Medical and sanitary report of the native army of Bengal for the year
Year: 1877
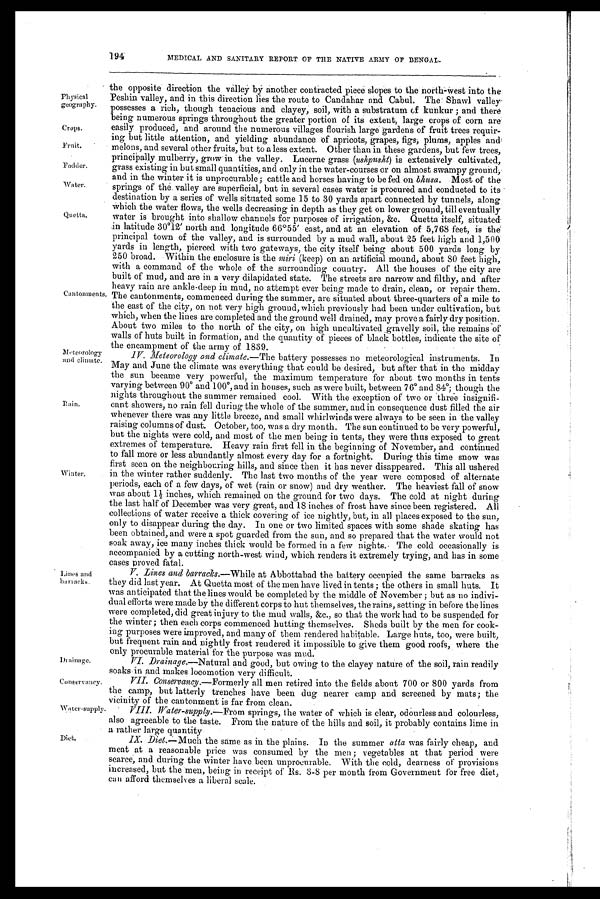
Water-supply
Diet.
194
MEDICAL AND SANITARY REPORT OF THE NATIVE ARMY OF BENGAL.
Physical
geography.
Crops.
Fruit.
Fodder.
Water.
Quetta.
Cantonments.
Meteorology
and climate.
Rain.
Winter.
Lines and
banacks.
Drainage.
Conservancy.
the opposite direction the valley by another contracted piece slopes to the north-west into the
Peshin valley, and in this direction lies the route to Candahar and Cabul. The Shawl valley
possesses a rich, though tenacious and clayey, soil, with a substratum of kunkur; and there
being numerous springs throughout the greater portion of its extent, large crops of corn are
easily produced, and around the numerous villages flourish large gardens of fruit trees requir
ing but little attention, and yielding abundance of apricots, grapes, figs, plums, apples and
melons, and several other fruits, but to a less extent. Other than in these gardens, but few trees,
principally mulberry, grow in the valley. Lucerne grass (ushpusht) is extensively cultivated,
grass existing in but small quantities, and only in the water-courses or on almost swampy ground,
and in the winter it is unprocurable; cattle and horses having to be fed on bhnsa. Most of the
springs of the. valley are superficial, but in several cases water is procured and conducted to its
destination by a series of wells situated some 15 to 30 yards apart connected by tunnels, along
Which the water flows, the wells decreasing in depth as they get on lower ground, till eventually
water is brought into shallow channels for purposes of irrigation, &c. Quetta itself, situated
in latitude 30°12' north and longitude 66°55' east, and at an elevation of 5,768 feet, is the
principal town of the valley, and is surrounded by a mud wall, about 25 feet high and 1,500
yards in length, pierced with two gateways, the city itself being about 500 yards long by
250 broad. Within the enclosure is the miri (keep) on an artificial mound, about 80 feet high,
with a command of the whole of the surrounding country. All the houses of the city are
built of mud, and are in a very dilapidated state. The streets are narrow and filthy, and after
heavy rain are ankle-deep in mud, no attempt ever being made to drain, clean, or repair them.
The cantonments, commenced during the summer, are situated about three-quarters of a mile to
the east of the city, on not very high ground, which previously had been under cultivation, but
which, when the lines are completed and the ground well drained, may prove a fairly dry position.
About two miles to the north of the city, on high uncultivated gravelly soil, the remains of
walls of huts built in formation, and the quantity of pieces of black bottles, indicate the site of
the encampment of the army of 1839.
IV.
Meteorology and climate.— The battery possesses no meteorological instruments. In
May and June the climate was everything that could be desired, but after that in the midday
the sun became very powerful, the maximum temperature for about two months in tents
varying between 90° and 100°, and in houses, such as were built, between76° and 84°; though the
nights throughout the summer remained cool. With the exception of two or three insignifi-
cant showers, no rain fell during the whole of the summer, and in consequence dust filled the air
whenever there was any little breeze, and small whirlwinds were always to be seen in the valley
raising columns of dust. October, too, was a dry month. The sun continued to be very powerful,
but the nights were cold, and most of the men being in tents, they were thus exposed to great
extremes of temperature. Heavy rain first fell in the beginning of November, and continued
to fall more or less abundantly almost every day for a fortnight. During this time snow was
first seen on the neighbouring hills, and since then it has never disappeared. This all ushered
in the winter rather suddenly. The last two months of the year were composed of alternate
periods, each of a few days, of wet (rain or snow) and dry weather. The heaviest fall of snow
was about 1½ inches, which remained on the ground for two days. The cold at night during
the last half of December was very great, and 18 inches of frost have since been registered. All
collections of water receive a thick covering of ice nightly, but, in all places exposed to the sun,
only to disappear during the day. In one or two limited spaces with some shade skating has
been obtained, and were a spot guarded from the sun, and so prepared that the water would not
soak away, ice many inches thick would be formed in a few nights. The cold occasionally is
accompanied by a cutting north-west wind, which renders it extremely trying, and has in some
cases proved fatal.
V. Lines and barracks.—While at Abbottabad the battery occupied the same barracks as
they did last year. At Quetta most of the men have lived in tents; the others in small huts. It
was anticipated that the lines would be completed by the middle of November; but as no indivi-
dual efforts were made by the different corps to hut themselves, the rains, setting in before the lines
were completed, did great injury to the mud walls, &c., so that the work had to be suspended for
the winter; then each corps commenced butting themselves. Sheds built by the men for cook-
ing purposes were improved, and many of them rendered habitable. Large huts, too, were built,
but frequent rain and nightly frost rendered it impossible to give them good roofs, where the
only procurable material for the purpose was mud.
Drainage.—Natural and good, but owing to the clayey nature of the soil, rain readily
soaks in and makes locomotion very difficult.
VII.
Conseruancy.—Formerly all men retired into the fields about 700 or 800 yards from
the camp, but latterly trenches have been dug nearer camp and screened by mats; the
vicinity of the cantonment is far from clean.
VIII. Water-supply.— From springs, the water of which is clear, odourless and colourless,
also agreeable to the taste. From the nature of the hills and soil, it probably contains lime in
a rather large quantity
IX.
Diet.—Much the same as in the plains. In the summer atta was fairly cheap, and
meat at a reasonable price was consumed by the men; vegetables at that period were
scarce, and during the winter have been unprocurable. With the cold, dearness of provisions
increased, but the men, being in receipt of Rs. 3-8 per month from Government for free diet,
can afford themselves a liberal scale.